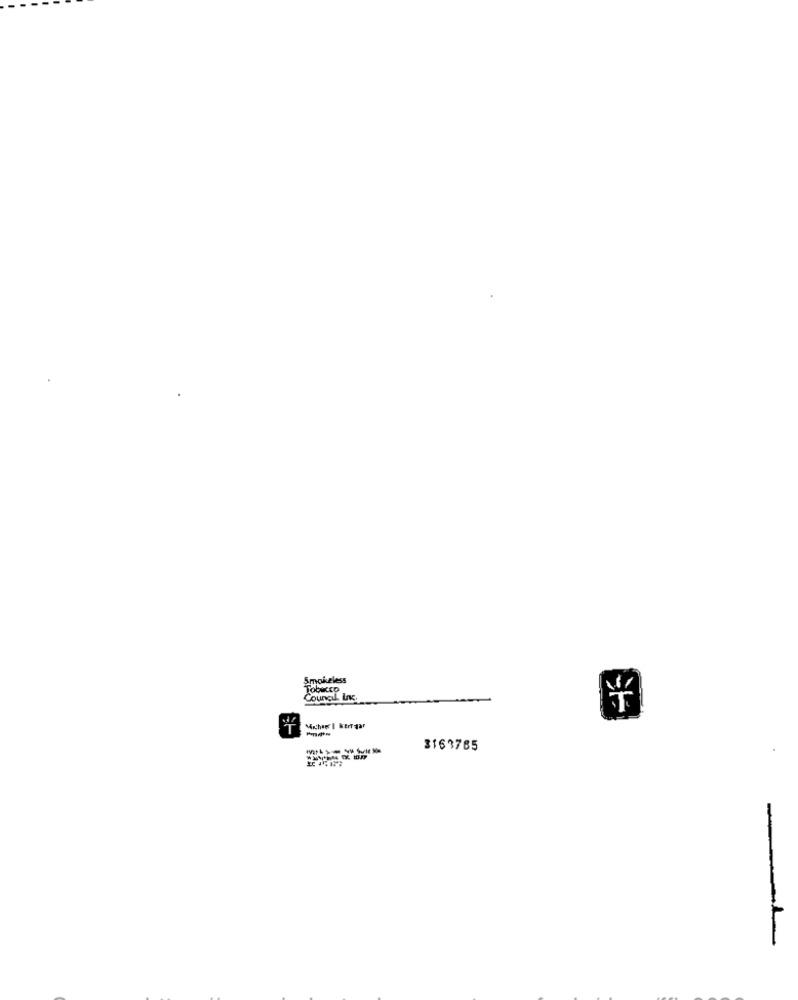
Smokeless
Tobizco
Council. Lnk.
Micha I kerrgar
3163765
-